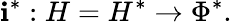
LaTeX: \mathbf{i}^{*}:H=H^{*}\to\Phi^{*}.